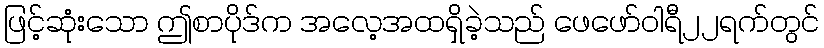
ဖြင့်ဆုံးသော ဤစာပိုဒ်က အလေ့အထရှိခဲ့သည် ဖေဖော်ဝါရီ၂၂ရက်တွင်